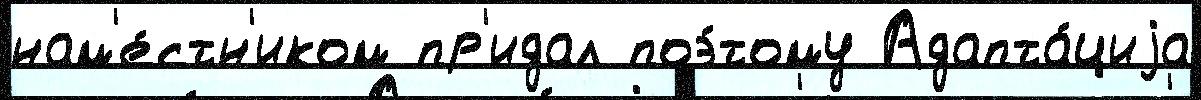
нам'е́стн'иком пр'идал поэ́тому Адапта́циjа